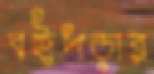
বইপড়ার